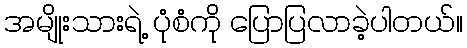
အမျိုးသားရဲ့ ပုံစံကို ပြောပြလာခဲ့ပါတယ်။